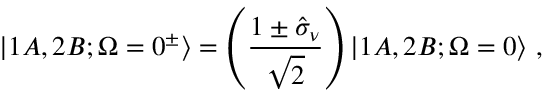
| 1 A , 2 B ; \Omega = 0 ^ { \pm } \rangle = \left( \frac { 1 \pm \hat { \sigma } _ { \nu } } { \sqrt { 2 } } \right) | 1 A , 2 B ; \Omega = 0 \rangle \, \, ,